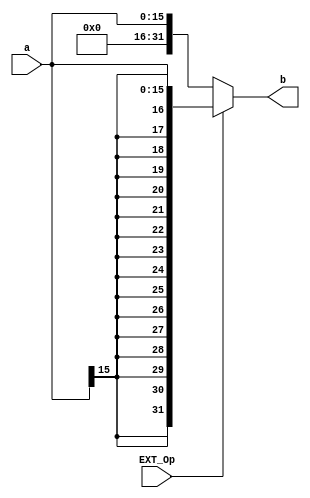
`timescale 1ns / 1ps
//////////////////////////////////////////////////////////////////////////////////
// Company: 
// Engineer: 
// 
// Design Name: 
// Module Name:    ext 
// Project Name: 
// Target Devices: 
// Tool versions: 
// Description: 
//
// Dependencies: 
//
// Revision: 
// Revision 0.01 - File Created
// Additional Comments: 
//
//////////////////////////////////////////////////////////////////////////////////
module ext(
	 input  EXT_Op,
    input  [15:0] a,
    output [31:0] b
    );
	 
	assign b = (EXT_Op == 0) ? {16'b0, a} 		 :	// Zero Extend
				  (EXT_Op == 1) ? {{16{a[15]}}, a}:	// Sign Extend
										32'bx				 ;
endmodule